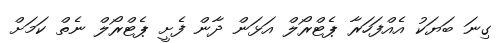
ގިނަ ބަޔަކު އެއްފަހަރާ ޕެޓްރޯލް އަޅަން ދާން ފެށީ ޕެޓްރޯލް ނެތް ކަމަށް